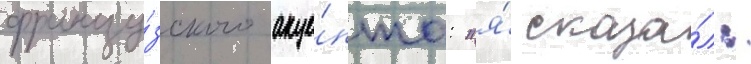
францу́зского акце́нта: "я́ сказа́л: